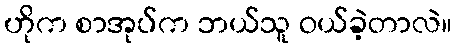
ဟိုက စာအုပ်က ဘယ်သူ ဝယ်ခဲ့တာလဲ။